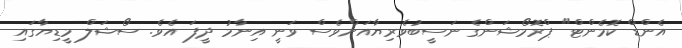
އެންޑް ކޮމެންޓް" ޕްރޮމޯޝަންގެ ނަސީބުވެރިޔާއަށްވެސް ވަނީ އިނާމު ދީފަ އެވެ. ސޯޝަލް މީޑިޔާގައި